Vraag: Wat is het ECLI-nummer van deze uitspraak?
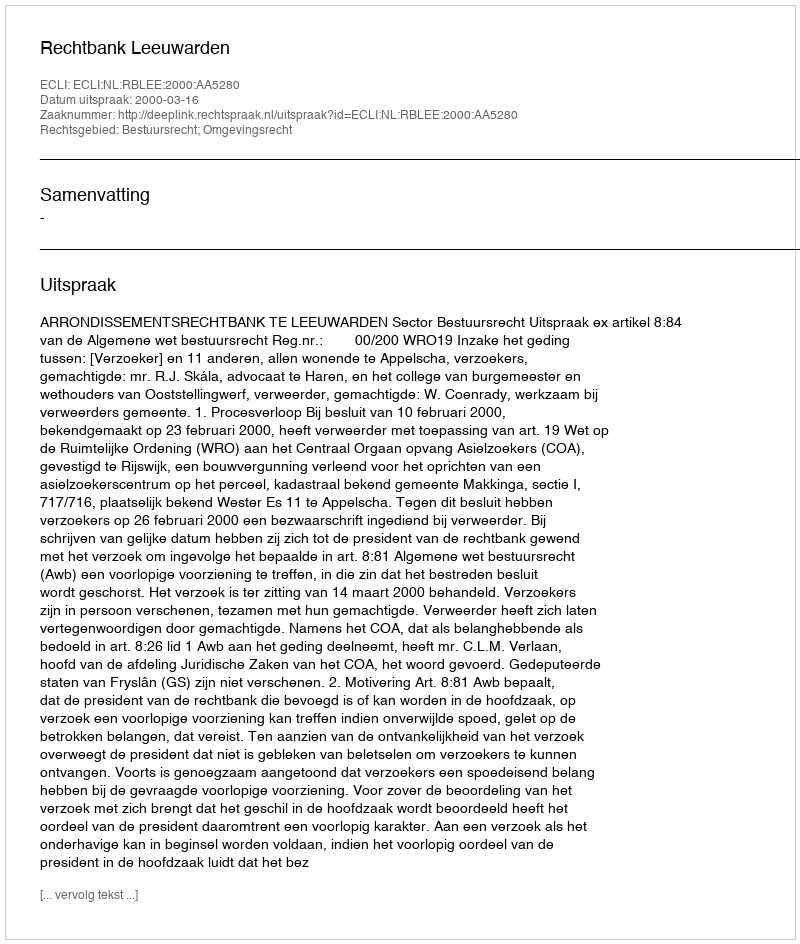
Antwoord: ECLI:NL:RBLEE:2000:AA5280